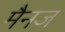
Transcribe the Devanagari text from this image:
मैनज